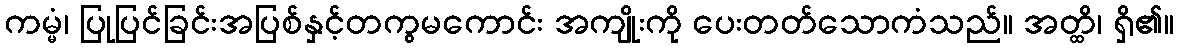
ကမ္မံ၊ ပြုပြင်ခြင်းအပြစ်နှင့်တကွမကောင်း အကျိုးကို ပေးတတ်သောကံသည်။ အတ္ထိ၊ ရှိ၏။